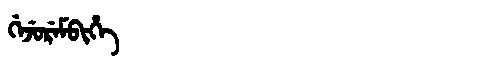
Manchu: ᡤᡝᠵᡠᡵᡝᠮᠪᡳᡥᡝ
Romanization: GEJUREMBIHE